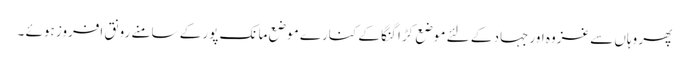
پھر وہاں سے غزوہ اور جہاد کے لئے موضع کڑا گنگا کے کنارے موضع مانک پور کے سامنے رونق افروز ہوئے ۔